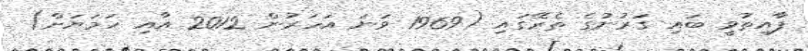
ފާއިތުވީ ބައި ގަރުނުގެ ތެރޭގައި (1969 ވަނަ އަހަރުން 2012 އާއި ހަމަޔަށް)